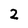
Character: 2